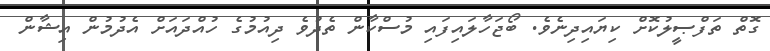
ގޮތް ތަފްޞީލުކޮށް ކިޔައިދިނެވެ. ބޯޖަހާލައިފައި މުސްކާން ތެދުވެ ދިއުމުގެ ހުއްދައަށް އެދުމުން އިޝާން